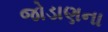
જોડાણના